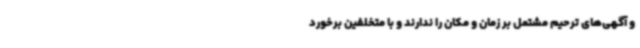
و آگهی‌های ترحیم مشتمل بر زمان و مکان را ندارند و با متخلفین برخورد